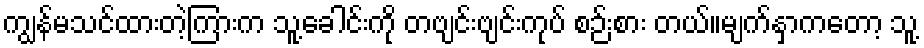
ကျွန်မသင်ထားတဲ့ကြားက သူ့ခေါင်းကို တဗျင်းဗျင်းကုပ် စဉ်းစား တယ်။မျက်နှာကတော့ သူ့